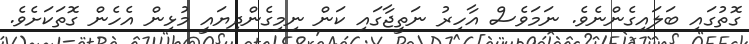
ގޮތުގައި ބަލައިގެންނެވެ. ނަމަވެސް އާހިރު ނަތީޖާގައި ކަން ނިމިގެންދިޔައީ މުޅިން އެހެން ގޮތަކަށެވެ.